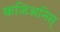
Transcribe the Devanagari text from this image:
कज़िअनिस्